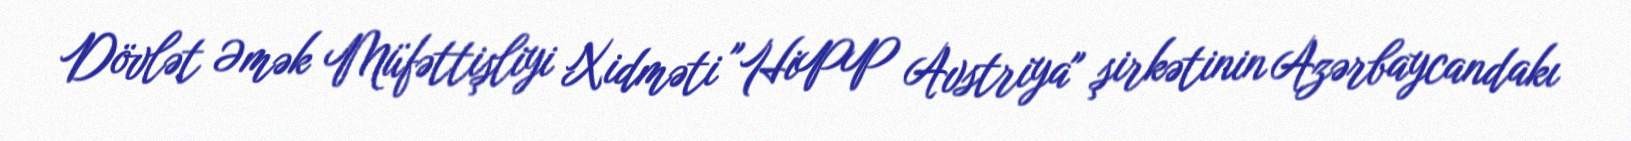
Dövlət Əmək Müfəttişliyi Xidməti "HiPP Avstriya" şirkətinin Azərbaycandakı